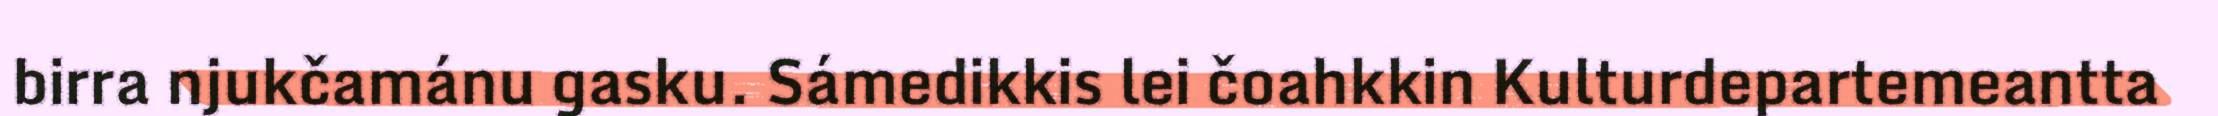
birra njukčamánu gasku. Sámedikkis lei čoahkkin Kulturdepartemeantta